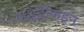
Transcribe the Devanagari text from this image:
अशुद्धीकडून